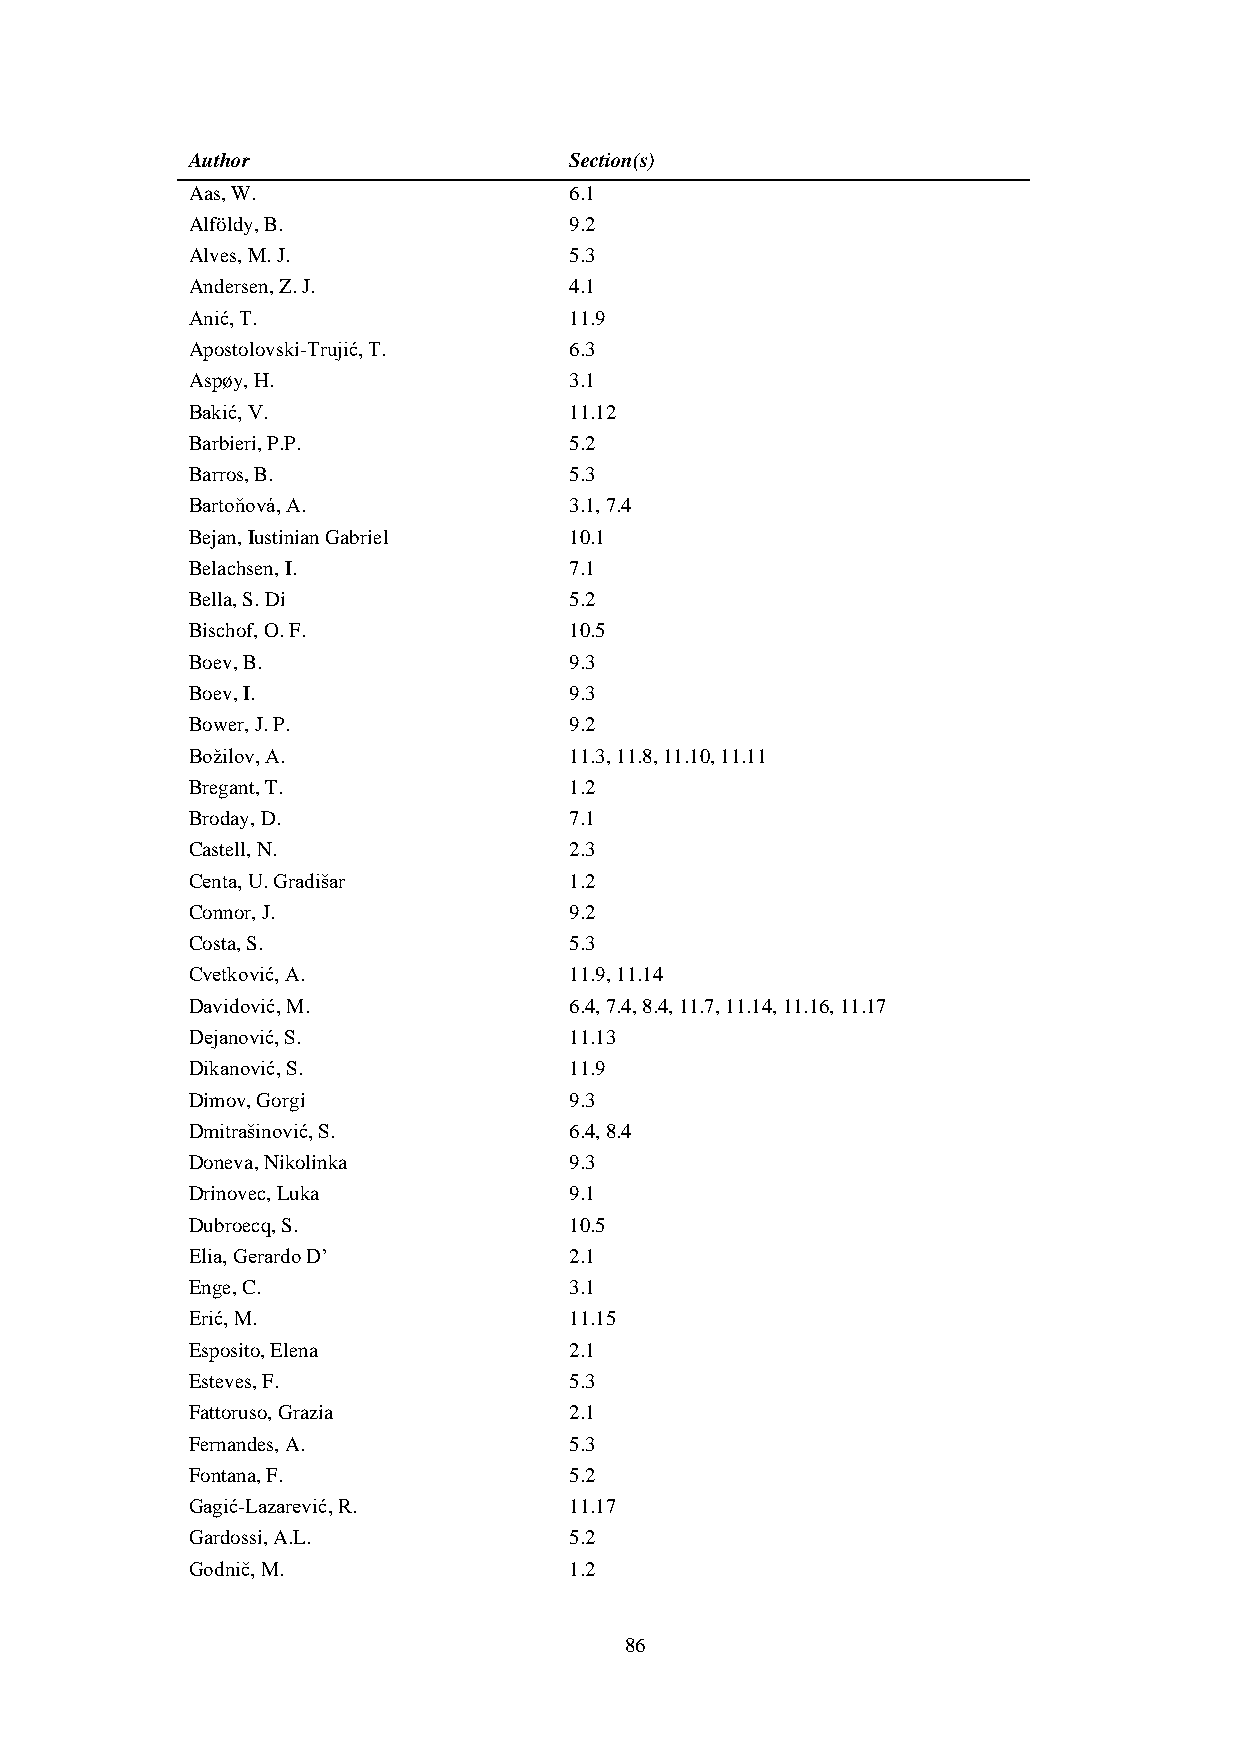
Author                    Section(s)
 Aas, W.                   6.1
 Alföldy, B.               9.2
 Alves, M. J.              5.3
 Andersen, Z. J.           4.1
 Anić, T.                  11.9
 Apostolovski-Trujić, T.   6.3
 Aspøy, H.                 3.1
 Bakić, V.                 11.12
 Barbieri, P.P.            5.2
 Barros, B.                5.3
 Bartoňová, A.             3.1, 7.4
 Bejan, Iustinian Gabriel  10.1
 Belachsen, I.             7.1
 Bella, S. Di              5.2
 Bischof, O. F.            10.5
 Boev, B.                  9.3
 Boev, I.                  9.3
 Bower, J. P.              9.2
 Božilov, A.               11.3, 11.8, 11.10, 11.11
 Bregant, T.               1.2
 Broday, D.                7.1
 Castell, N.               2.3
 Centa, U. Gradišar        1.2
 Connor, J.                9.2
 Costa, S.                 5.3
 Cvetković, A.             11.9, 11.14
 Davidović, M.             6.4, 7.4, 8.4, 11.7, 11.14, 11.16, 11.17
 Dejanović, S.             11.13
 Dikanović, S.             11.9
 Dimov, Gorgi              9.3
 Dmitrašinović, S.         6.4, 8.4
 Doneva, Nikolinka         9.3
 Drinovec, Luka            9.1
 Dubroecq, S.              10.5
 Elia, Gerardo D’          2.1
 Enge, C.                  3.1
 Erić, M.                  11.15
 Esposito, Elena           2.1
 Esteves, F.               5.3
 Fattoruso, Grazia         2.1
 Fernandes, A.             5.3
 Fontana, F.               5.2
 Gagić-Lazarević, R.       11.17
 Gardossi, A.L.            5.2
 Godnič, M.                1.2
 86